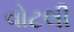
વોટલી